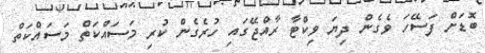
ބޮޑަށް ފަސޭހަ ވެގެން ދިޔަ ވިކްޓާ ރާއްޖޭގައި ހުރެގެން ކުރި މަސައްކަތް މަސައްކަތް